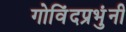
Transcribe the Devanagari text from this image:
गोविंदप्रभुंनी